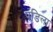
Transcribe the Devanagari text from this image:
पडिला